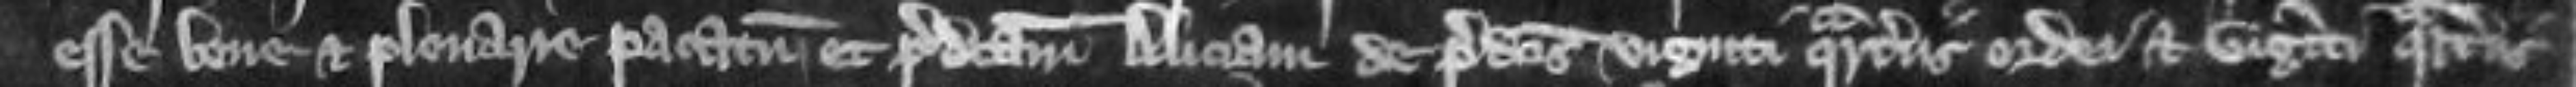
esse bene et plenarie pacatum et predictam Aliciam de predictis viginti quarteriis ordei et viginti quarteriis